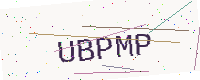
Text: UBPMP